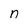
Character: n